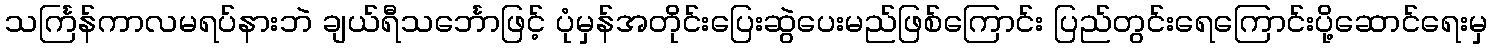
သင်္ကြန်ကာလမရပ်နားဘဲ ချယ်ရီသင်္ဘောဖြင့် ပုံမှန်အတိုင်းပြေးဆွဲပေးမည်ဖြစ်ကြောင်း ပြည်တွင်းရေကြောင်းပို့ဆောင်ရေးမှ